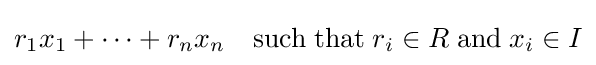
r_{1}x_{1}+\cdots +r_{n}x_{n}\quad {\textrm {such}}\;{\textrm {that}}\;r_{i}\in R\;{\textrm {and}}\;x_{i}\in I